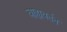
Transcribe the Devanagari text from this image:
बाह्यवर्तन